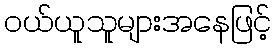
ဝယ်ယူသူများအနေဖြင့်